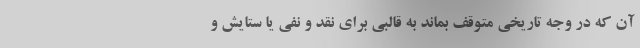
آن که در وجه تاریخی متوقف بماند به قالبی برای نقد و نفی یا ستایش و